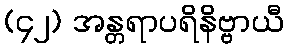
(၄၂) အန္တရာပရိနိဗ္ဗာယီ